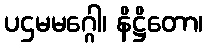
ပဌမမဂ္ဂေါ၊ နိဋ္ဌိတော၊